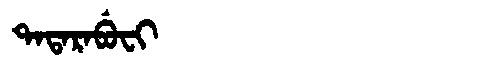
Manchu: ᡨᠠᡨᠠᡵᠠᠪᡠᠸᡳ
Romanization: TATARABUFI